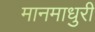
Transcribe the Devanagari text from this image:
मानमाधुरी